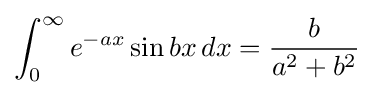
\int _{0}^{\infty }e^{-ax}\sin bx\,dx={\frac {b}{a^{2}+b^{2}}}